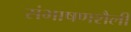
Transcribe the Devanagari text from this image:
संभाषणशैली